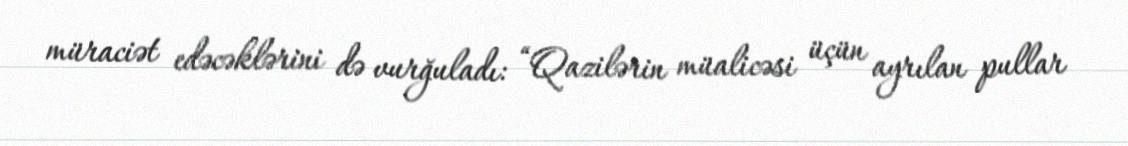
müraciət edəcəklərini də vurğuladı: “Qazilərin müalicəsi üçün ayrılan pullar